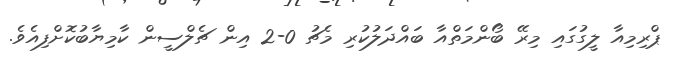
ޕްރިމިއާ ލީގުގައި މިރޭ ބޯންމަތްއާ ބައްދަލުކުރި މެޗު 0-2 އިން ޗެލްސީން ކާމިޔާބުކޮށްފިއެވެ.